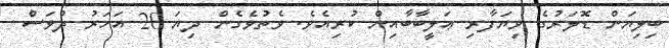
ބިލިޔަން ޑޮލަރުގެ ވިޔަފާރި ޢަލީބާބާއިން ކުރިއެވެ. ވެތުވެގެން ދިޔަ 20 އަހަރު ދުވަސް